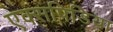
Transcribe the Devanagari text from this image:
एक्सपिडिया